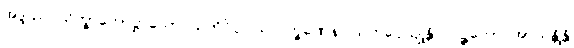
အဒ္ဒဿ သိက္ခာကောဋ္ဌာသော သတိဝိပ္ပဝါသလက္ခဏေန ဩကပ္ပေယျုန္တိ လဉ္ဇကော အာယန္တိန္တိ